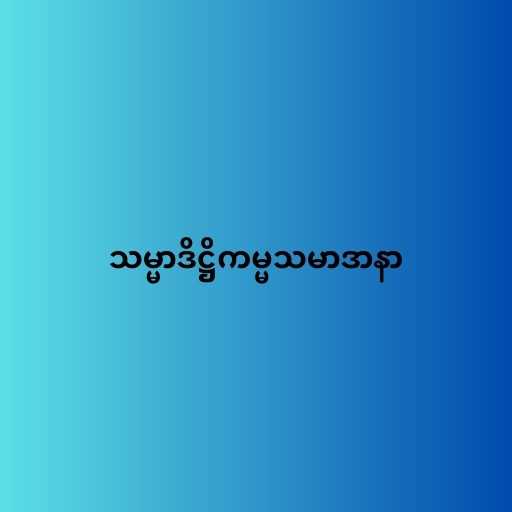
သမ္မာဒိဋ္ဌိကမ္မသမာဒာနာ